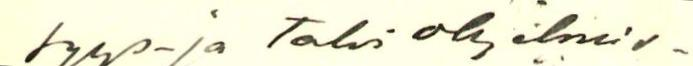
syys- ja talvi ohjelmis-